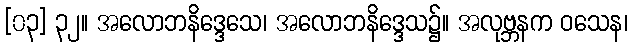
[၀၃] ၃၂။ အလောဘနိဒ္ဒေသေ၊ အလောဘနိဒ္ဒေသ၌။ အလုဗ္ဘနက ဝသေန၊